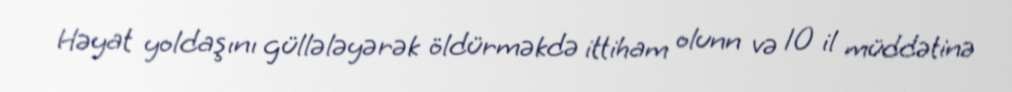
Həyat yoldaşını güllələyərək öldürməkdə ittiham olunn və 10 il müddətinə